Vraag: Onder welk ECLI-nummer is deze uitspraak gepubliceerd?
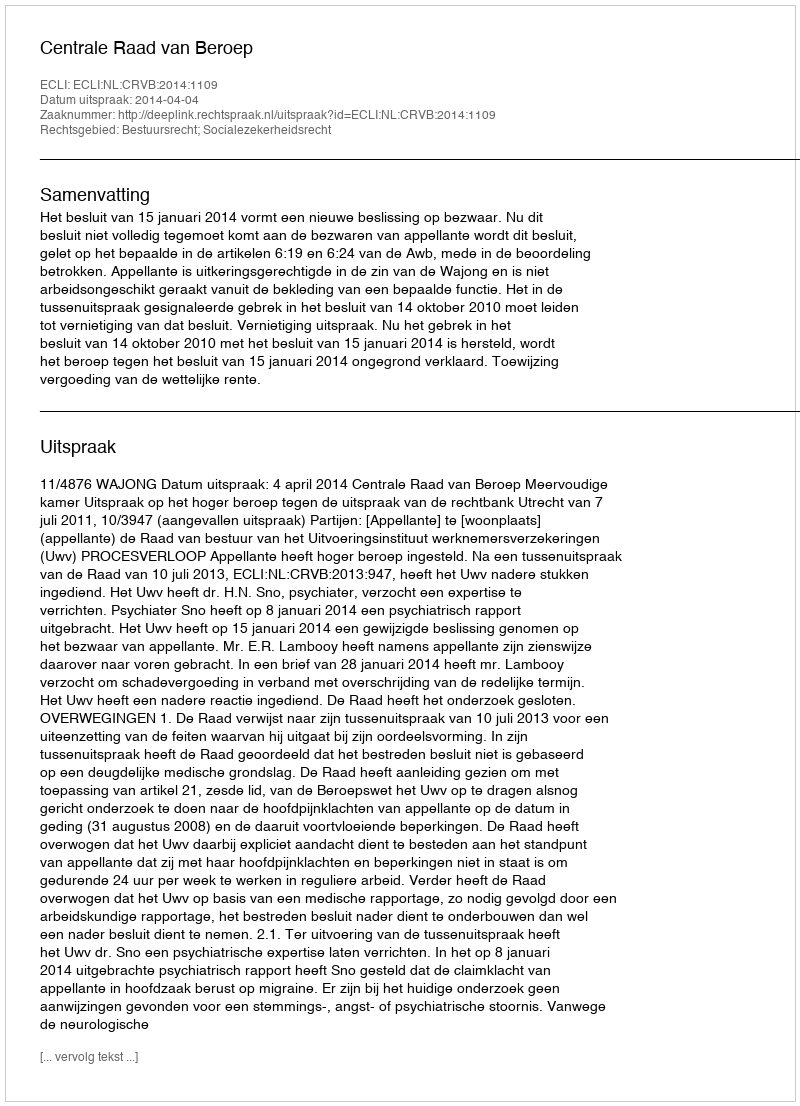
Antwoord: ECLI:NL:CRVB:2014:1109